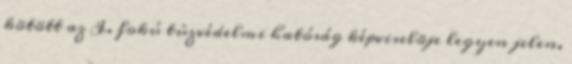
kötött az I. fokú tûzvédelmi hatóság képviselõje legyen jelen.